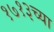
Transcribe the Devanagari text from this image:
१७१३च्या